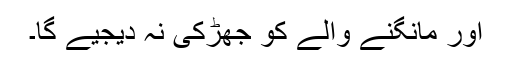
اور مانگنے والے کو جھڑکی نہ دیجیے گا۔